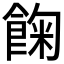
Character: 𩛺